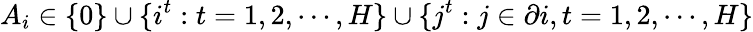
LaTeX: A_{i}\in\{ 0\} \cup\{ i^{t}:t=1,2,\cdots,H\} \cup\{ j^{t}:j\in\partial i,t=1,2,\cdots,H\}